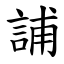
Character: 誧